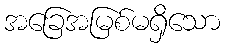
အခြေအမြစ်မရှိသော